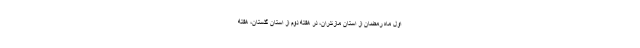
اول ماه رمضان از استان مازندران، در هفته دوم از استان گلستان، هفته